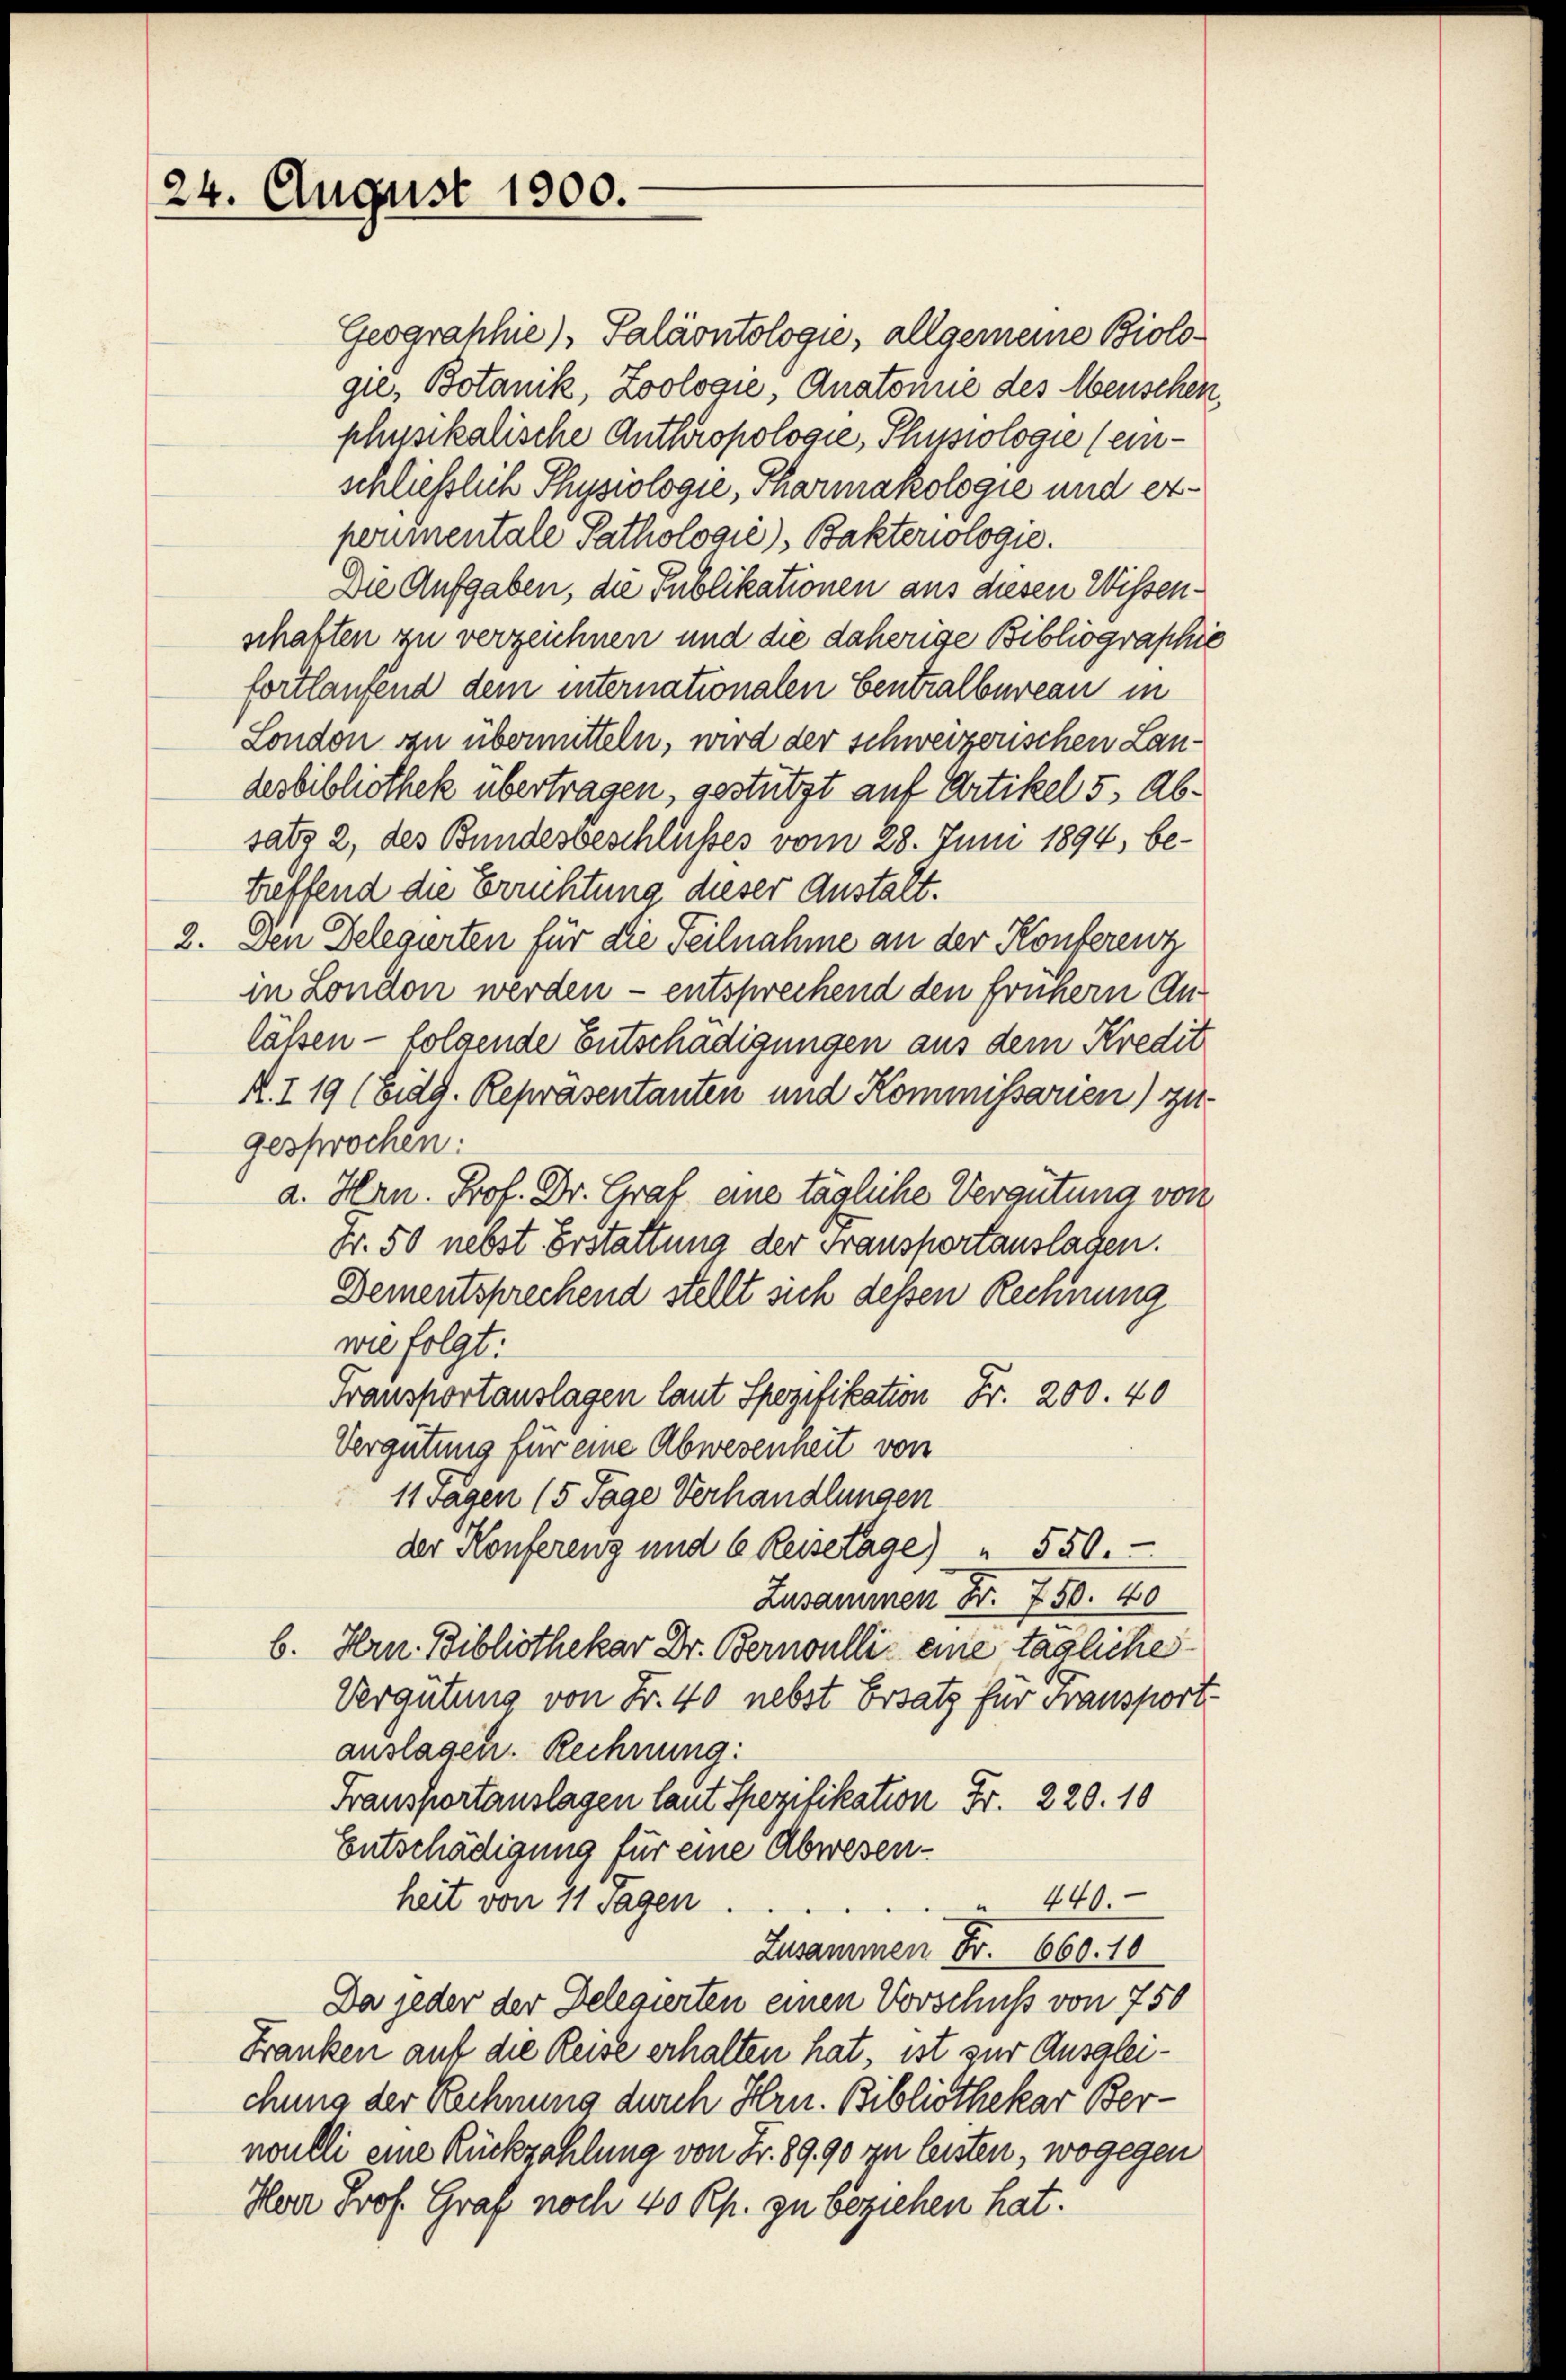
24. August 1900.

Geographie), Paläontologie, allgemeine Biologie, Botanik, Zoologie, Anatomie des Menschen,
physikalische Anthropologie, Plupiologie (einschließlich Physiologie, Pharmakologie und etpormentale Pathologić), Bakteriologie.
Die Aufgaben, die Publikationen aus diesen Wissenschaften zu verzeichnen und die daherige Bibliographie
fortlaufend dem internationalen Centralbureau in
London zu übermitteln, wird der schweizerischen Landesbibliothek übertragen, gestützt auf Artikel 5. Absatz 2, des Bundesbeschlußes vom 28. Juni 1894, betreffend die Erichtung dieser Anstalt.
2. Den Delegirten für die Teilnahme an der Konferenz
in London werden - entsprechend den frühern An-
lässen - folgende Entschädigungen aus dem Kredit
R. I 19 (Eidd. Repräsentanten und Kommissarien) zu-
gesprochen:
a. Hrn. Prof. Dr. Graf eine tägliche Vergütung von
Fr. 50 nebst. Erstattung der Fransportauslassen.
Dementsprechend stellt sich dessen Rechnung
wie folgt:
Transportauslagen laut Spezifikation Fr. 200. 40
Vergütung für eine Abwesenheit von
11 Tagen (5 Tage Verhandlungen
der Konferenz und 6 Reisetage) " 550.
Zusammen Fr. 750. 40
b. Hrn. Bibliothekar Dr. Bernoulli eine tägliche
Vergütung von Fr. 40 nebst Ersatz für Fransport-
auslagen. Rechnung:
Fransportauslagen laut Spezifikation Fr. 220. 10
Entschädigung für eine Abwesen¬
 440.
heit von 11 sagen
Zusammen Fr. 660. 10
Da jeder der Delegierten einen Vorschuß von 750
Franken auf die Reise erhalten hat, ist zur Ausgleichung der Rechnung durch Hrn. Bibliothekar Bernoulli eine Rückzahlung von Fr. 8990 zu leisten, wogegen
Herr Prof. Graf noch 40 Rp. zu beziehen hat.